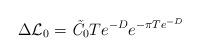
LaTeX: \begin{align*}\Delta{\cal L}_0=\hbox{\it \~C}_0 Te^{-D} e^{-\pi T e^{-D}}\end{align*}